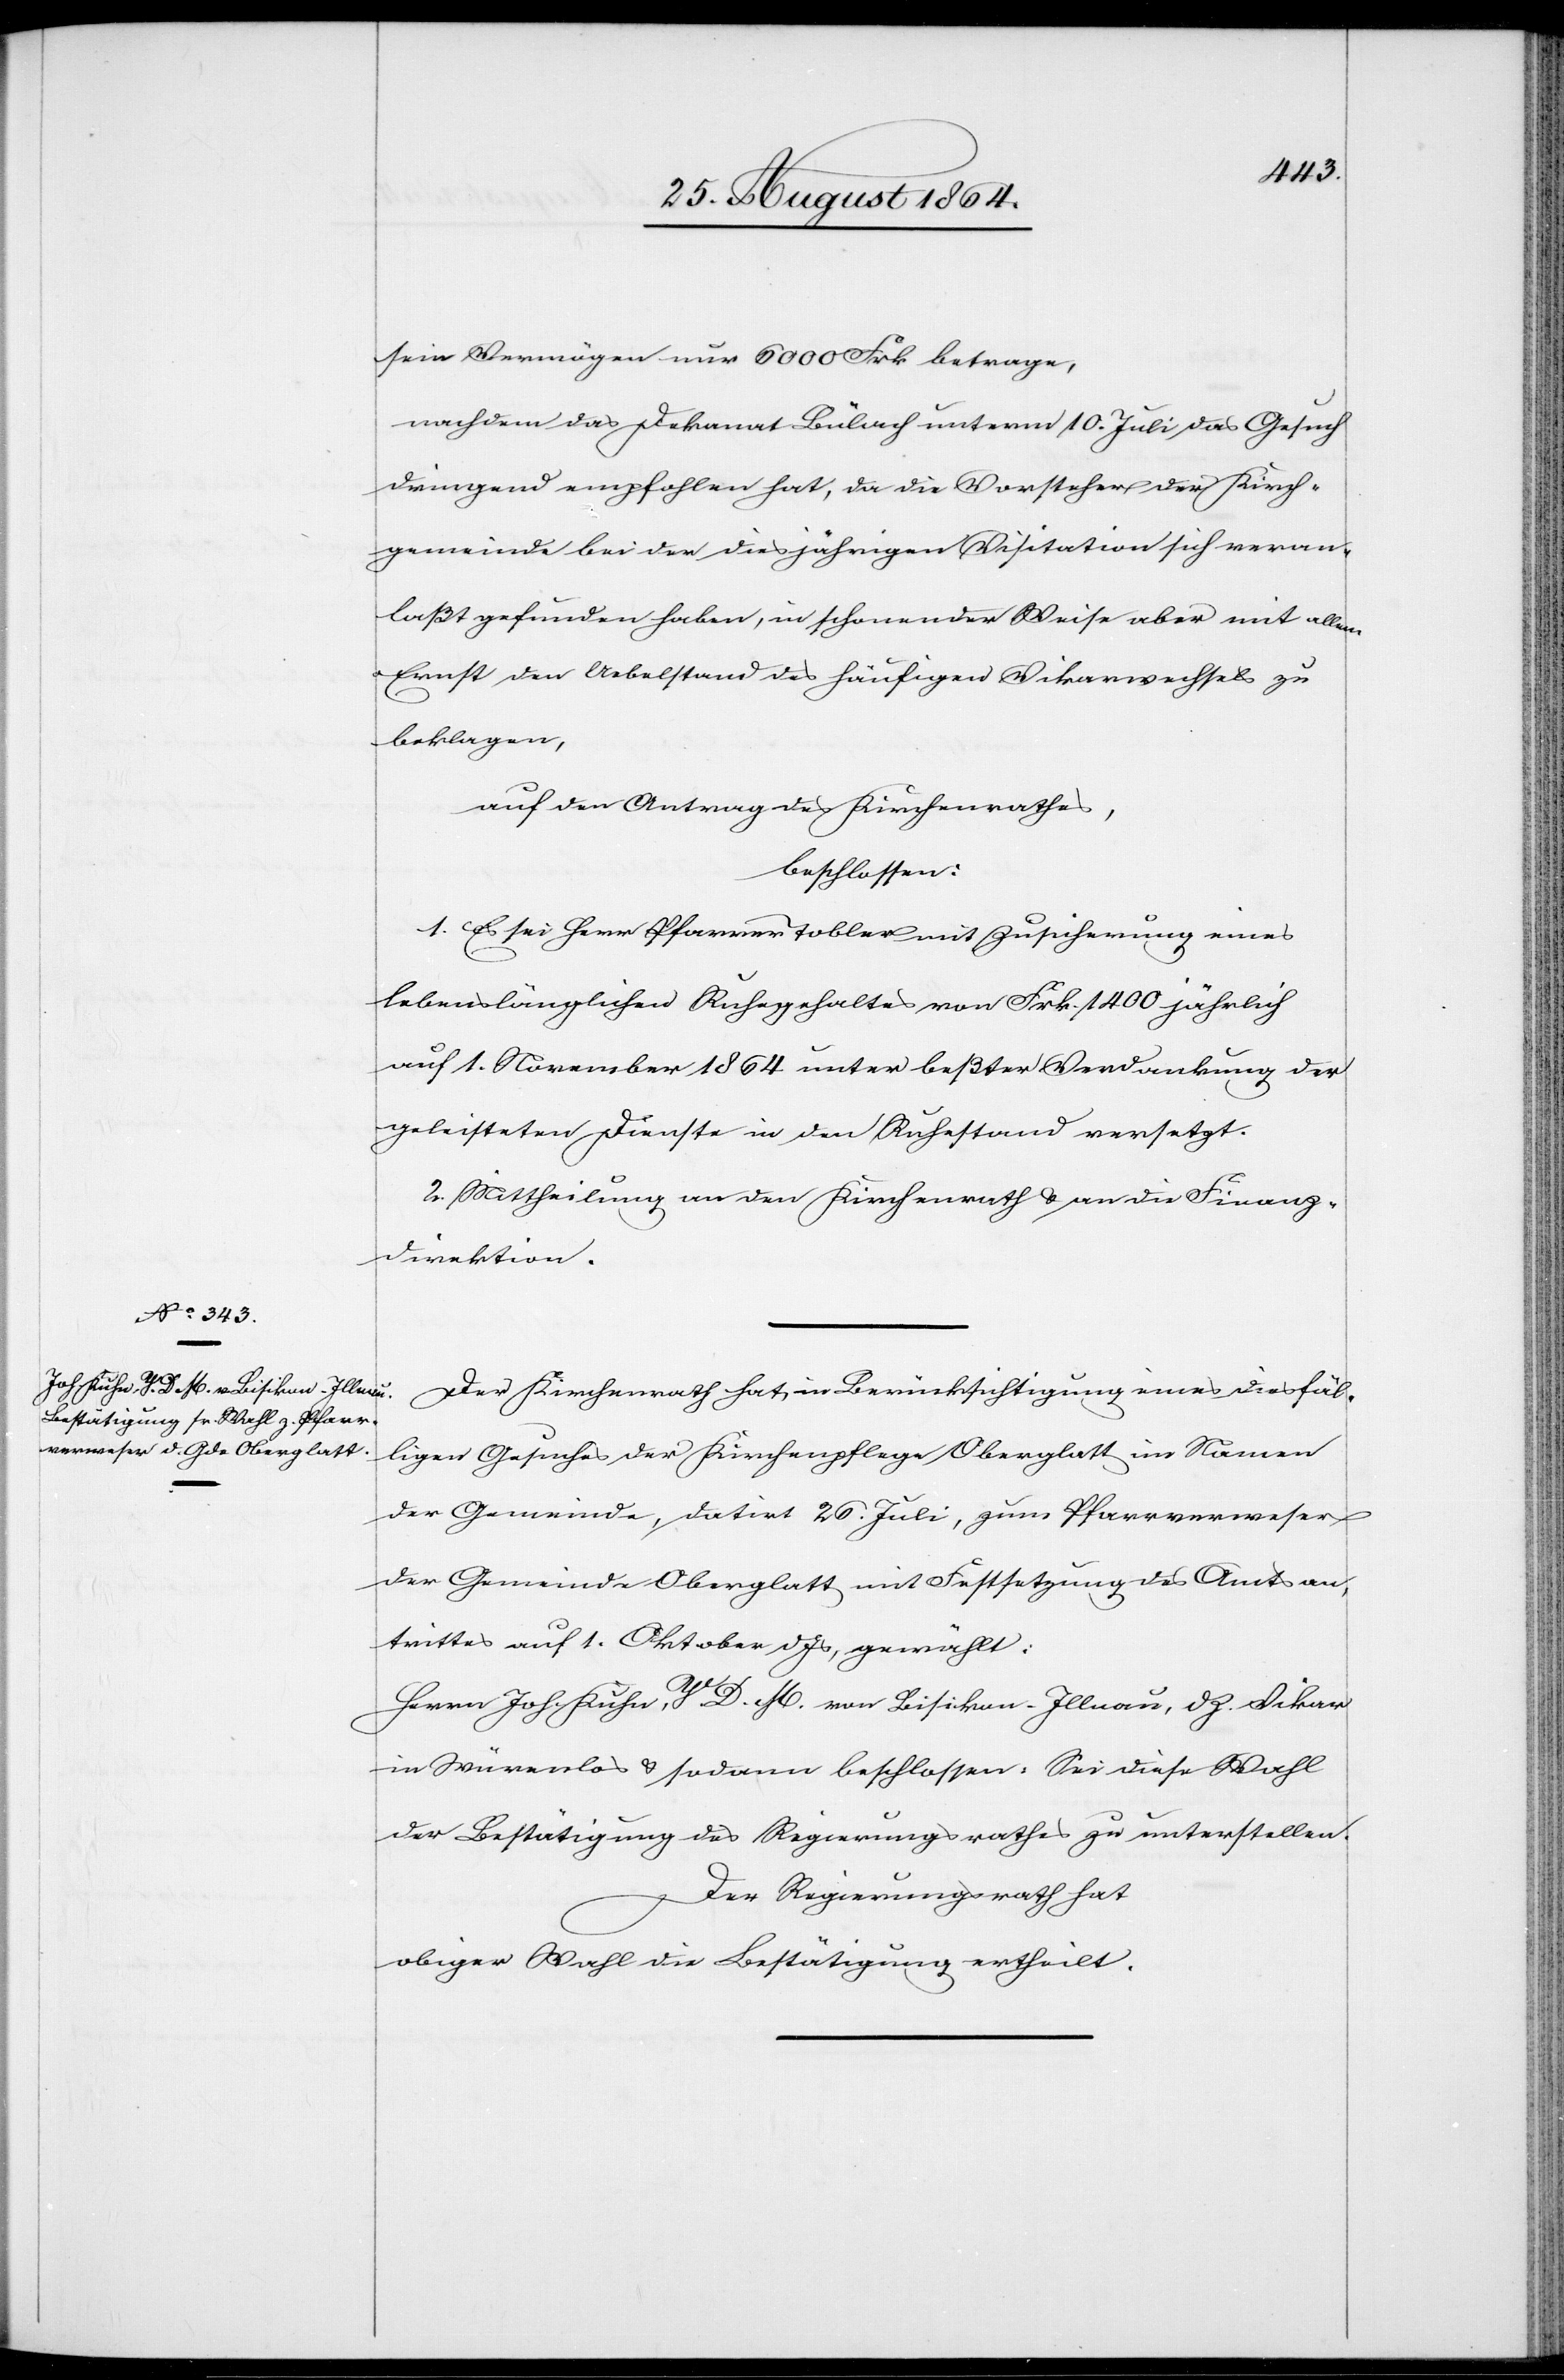
Der Kirchenrath hat, in Berücksichtigung eines diesfäl¬
ligen Gesuches der Kirchenpflege Oberglatt im Namen
der Gemeinde, datirt 26. Juli, zum Pfarrverweser
der Gemeinde Oberglatt mit Festsetzung des Amtsan¬
trittes auf 1. Oktober d. Js, gewählt:
Herrn Joh. Kuhn, V. D. M. von Bisikon-Illnau, dz. Vikar
in Würenlos & sodann beschlossen: Sei diese Wahl
der Bestätigung des Regierungsrathes zu unterstellen.
Der Regierungsrath hat
obiger Wahl die Bestätigung ertheilt.